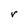
Character: r